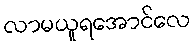
လာမယူရအောင်လေ